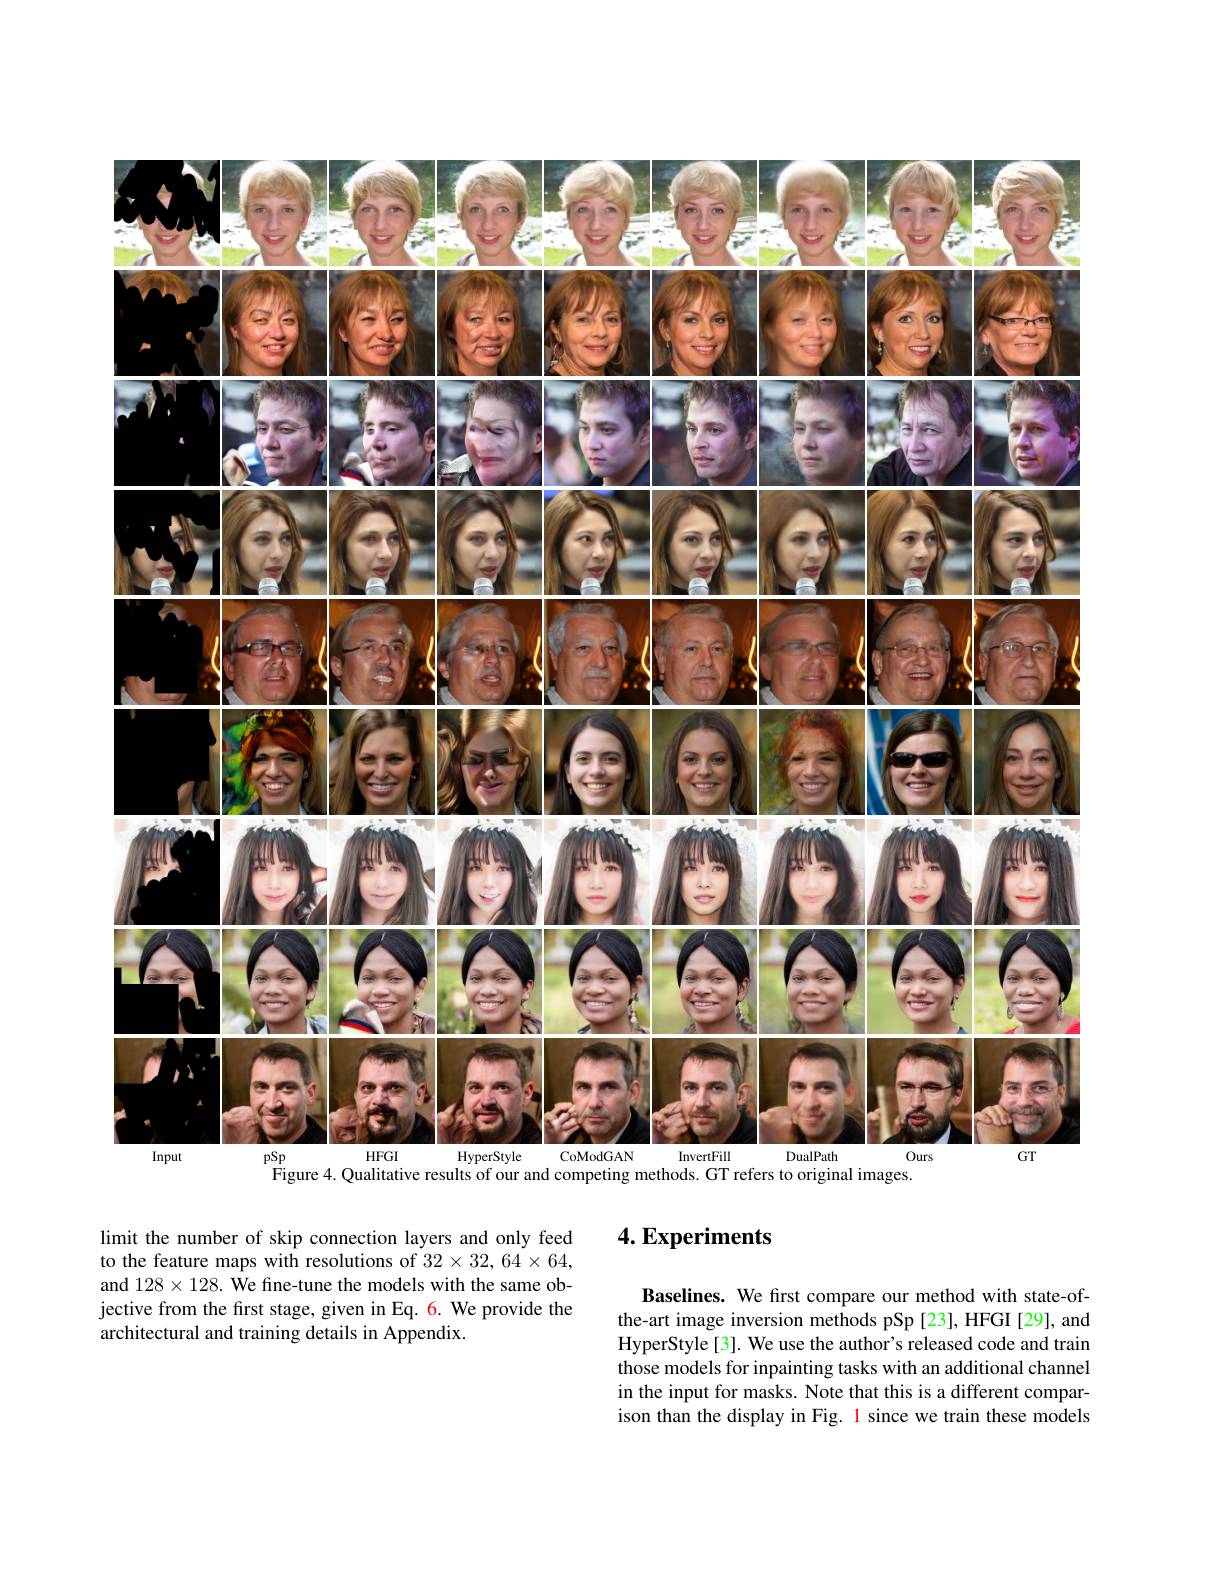
<FigureHere>
Figure 4. Qualitative results of our and competing methods. GT refers to original images.

limit the number of skip connection layers and only feed to the feature maps with resolutions of $32\times32,64\times64$, and $128\times128.$ We fine-tune the models with the same objective from the first stage, given in Eq. 6. We provide the architectural and training details in Appendix.

### $4. \textbf{Experiments}$

Baselines. We first compare our method with state-ofthe-art image inversion methods pSp [23], HFGI [29], and HyperStyle[3]. We use the author's released code and train those models for inpainting tasks with an additional channel in the input for masks. Note that this is a different comparison than the display in Fig. 1 since we train these models